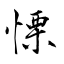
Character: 慄